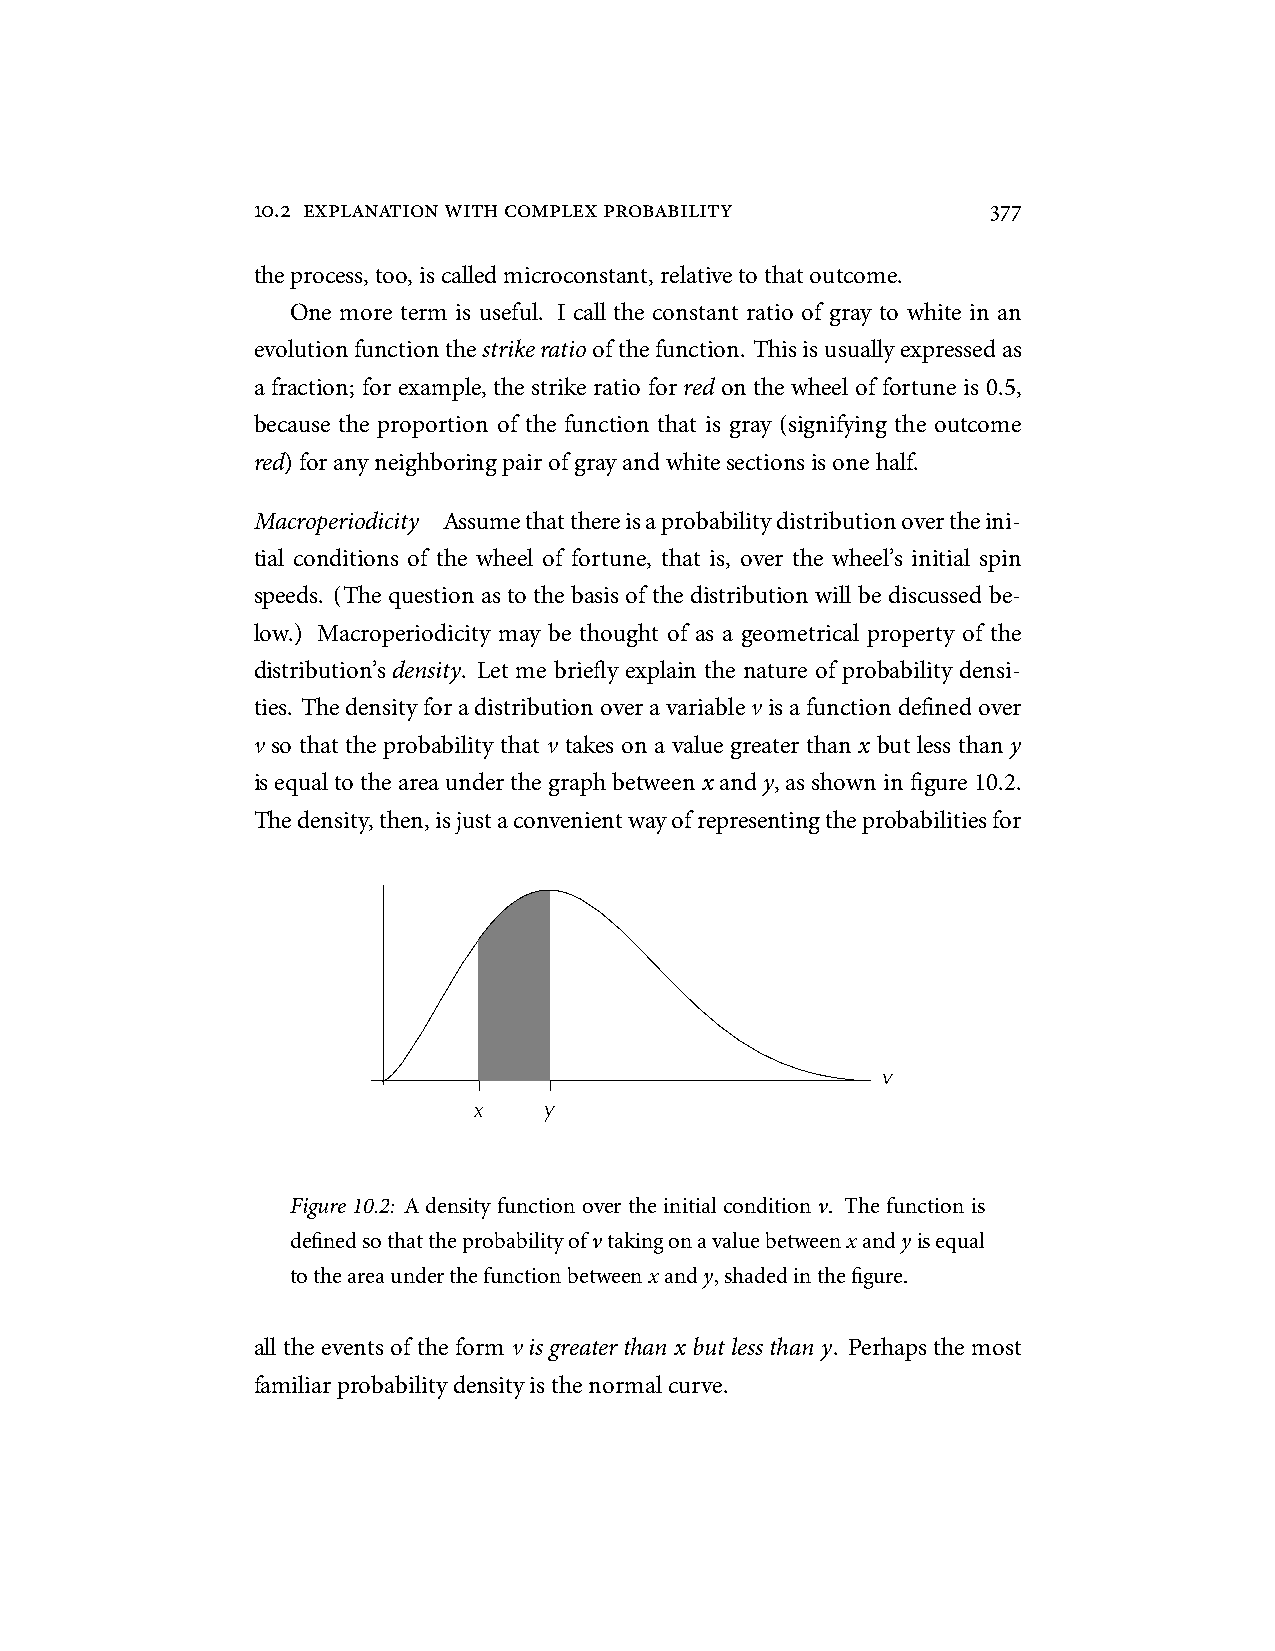
10.2 explanationwithcomplexprobability           377
 theprocess,too,iscalledmicroconstant,relativetothatoutcome.
 One more term is useful. I call the constant ratio of gray to white in an
 evolutionfunctionthestrikeratioofthefunction. Thisisusuallyexpressedas
 a fraction; for example, the strike ratio for red on the wheel of fortune is 0.5,
 because the proportion of the function that is gray (signifying the outcome
 red)foranyneighboringpairofgrayandwhitesectionsisonehalf.
 Macroperiodicity Assumethatthereisaprobabilitydistributionovertheini-
 tial conditions of the wheel of fortune, that is, over the wheel’s initial spin
 speeds. (The question as to the basis of the distribution will be discussed be-
 low.) Macroperiodicity may be thought of as a geometrical property of the
 distribution’s density. Let me briefly explain the nature of probability densi-
 ties. Thedensityforadistributionoveravariablev isafunctiondefinedover
 v so that the probability that v takes on a value greater than x but less than y
 isequaltotheareaunderthegraphbetweenx andy,asshowninfigure10.2.
 Thedensity,then,isjustaconvenientwayofrepresentingtheprobabilitiesfor
 v
 x    y
 Figure 10.2: A density function over the initial condition v. The function is
 definedsothattheprobabilityofvtakingonavaluebetweenxandyisequal
 totheareaunderthefunctionbetweenxandy,shadedinthefigure.
 all the events of the form v is greater than x but less than y. Perhaps the most
 familiarprobabilitydensityisthenormalcurve.